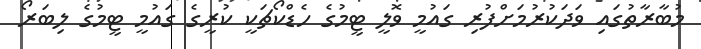
މުބާރާތުގައި ވަދަކުރުމަށްފުރި ގައުމީ ވޮލީ ޓީމުގެ ހެޑްކޯޗަކީ ކުރީގެ ގައުމީ ޓީމުގެ ލިބަރޯ